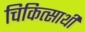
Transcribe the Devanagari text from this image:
चिकित्सार्थी